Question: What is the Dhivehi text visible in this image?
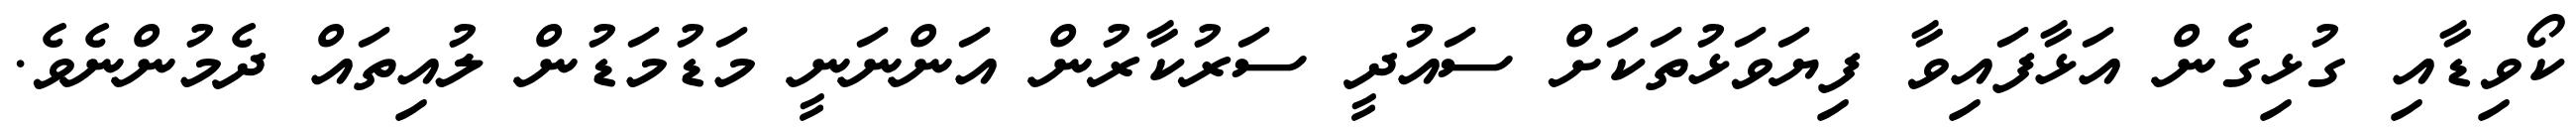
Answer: ކޯވިޑާއި ގުޅިގެން އަޅާފައިވާ ފިޔަވަޅުތަކަށް ސައުދީ ސަރުކާރުން އަންނަނީ މަޑުމަޑުން ލުއިތައް ދެމުންނެވެ.